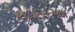
એકસરખા